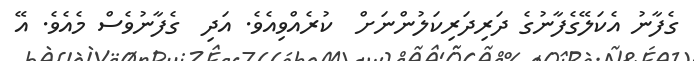
ގެފާނު އެކަލޭގެފާނުގެ ދަރިދަރިކަލުންނަށް  ކުރެއްވިއެވެ. އަދި  ގެފާނުވެސް މެއެވެ. އޭ